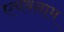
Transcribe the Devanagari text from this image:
एचबनाम